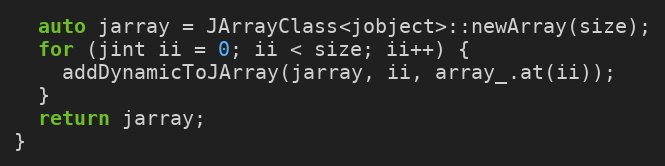
Language: C++
  auto jarray = JArrayClass<jobject>::newArray(size);
  for (jint ii = 0; ii < size; ii++) {
    addDynamicToJArray(jarray, ii, array_.at(ii));
  }
  return jarray;
}